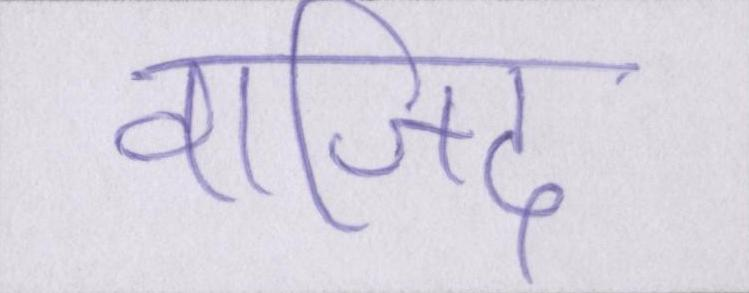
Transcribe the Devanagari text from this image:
वाजिद